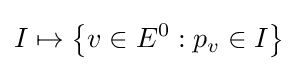
I\mapsto \left\{v\in E^{0}:p_{v}\in I\right\}